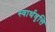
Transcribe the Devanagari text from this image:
स्वार्थवृत्ति